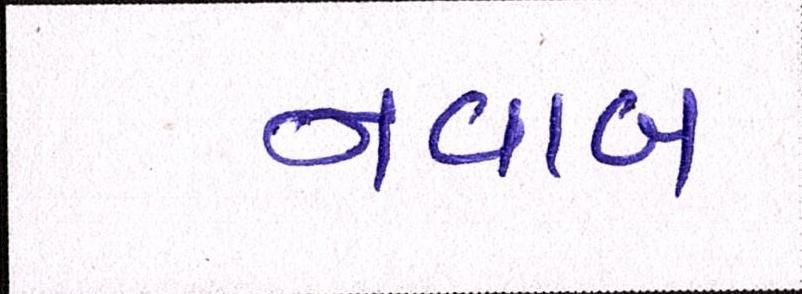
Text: નવાબ